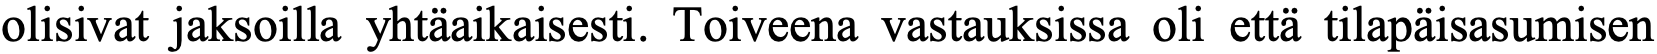
olisivat jaksoilla yhtäaikaisesti. Toiveena vastauksissa oli että tilapäisasumisen